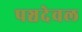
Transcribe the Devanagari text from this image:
पञ्चदेवल